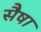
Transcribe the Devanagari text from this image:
सैषा